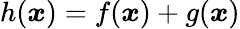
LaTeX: h(\boldsymbol{x})=f(\boldsymbol{x})+g(\boldsymbol{x})